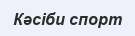
Кәсіби спорт